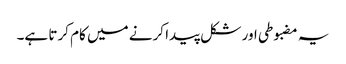
یہ مضبوطی اور شکل پیدا کرنے میں کام کرتا ہے۔